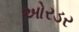
ઓરડર